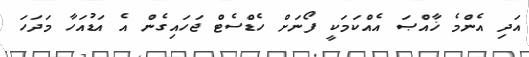
އަދި އެންމެ ޚާއްޞަ އެއްކަމަކީ ފޯނަށް ހެޑްސެޓް ޖަހައިގެން އެ އަޑުއަހާ މަދަހަ